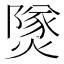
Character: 𤎩